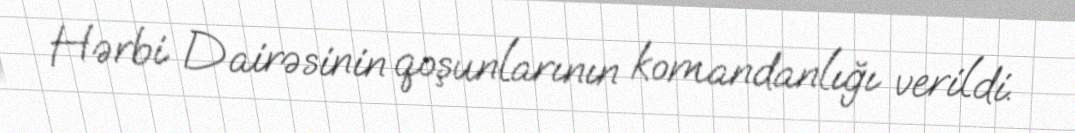
Hərbi Dairəsinin qoşunlarının komandanlığı verildi.